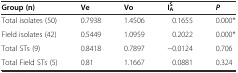
<table><thead><tr><td><b>Group (n)</b></td><td><b>Ve</b></td><td><b>Vo</b></td><td><b>I<sup>S</sup><sub>A</sub></b></td><td><b><i>P</i></b></td></tr></thead><tbody><tr><td>Total isolates (50)</td><td>0.7938</td><td>1.4506</td><td>0.1655</td><td>0.000*</td></tr><tr><td>Field isolates (42)</td><td>0.5449</td><td>1.0959</td><td>0.2022</td><td>0.000*</td></tr><tr><td>Total STs (9)</td><td>0.8418</td><td>0.7897</td><td>−0.0124</td><td>0.706</td></tr><tr><td>Total Field STs (5)</td><td>0.81</td><td>1.1667</td><td>0.0881</td><td>0.324</td></tr></tbody></table>